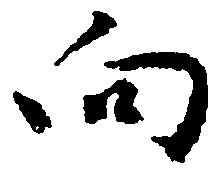
向